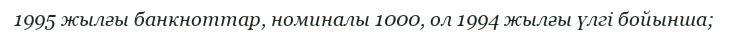
1995 жылғы банкноттар, номиналы 1000, ол 1994 жылғы үлгі бойынша;